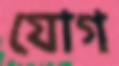
যোগ